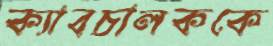
ক্যাবচালককে